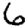
Digit: 6